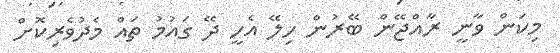
މިކަން ވާނީ ރާއްޖޭން ބޭރުން ހިލޭ އެހީ ދޭ ގައުމު ތައް މެދުވެރިކޮށް